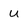
Character: u